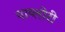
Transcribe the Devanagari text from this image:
पाय्लोरी